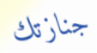
جنازتك